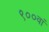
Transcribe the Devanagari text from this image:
९००वां